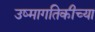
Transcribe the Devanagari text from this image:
उष्मागतिकीच्या